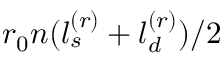
r _ { 0 } n ( l _ { s } ^ { ( r ) } + l _ { d } ^ { ( r ) } ) / 2